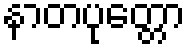
နာတပုတ္တော